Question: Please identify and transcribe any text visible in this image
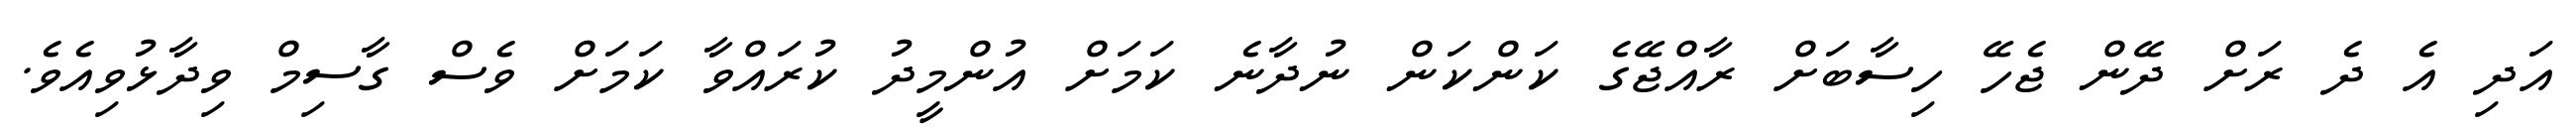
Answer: އަދި އެ ދެ ރަށް ދޭން ޖެހޭ ހިސާބަށް ރާއްޖޭގެ ކަންކަން ނުދާނެ ކަމަށް އުންމީދު ކުރައްވާ ކަމަށް ވެސް ގާސިމް ވިދާޅުވިއެވެ.